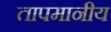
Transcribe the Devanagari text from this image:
तापमानीय